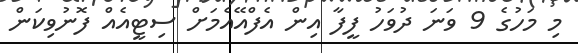
މި މަހުގެ 9 ވަނަ ދުވަހު ފީފާ އިން އެފްއޭއެމަށް ސިޓީއެއް ފޮނުވިކަން